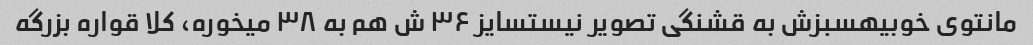
مانتوی خوبیهسبزش به قشنگی تصویر نیستسایز ۳۶ ش هم به ۳۸ میخوره، کلا قواره بزرگه